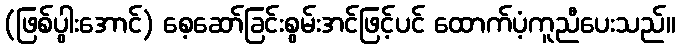
(ဖြစ်ပွါးအောင်) စေ့ဆော်ခြင်းစွမ်းအင်ဖြင့်ပင် ထောက်ပံ့ကူညီပေးသည်။